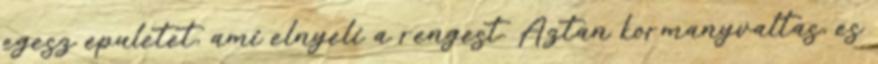
egesz epuletet, ami elnyeli a rengest. Aztan kormanyvaltas, es